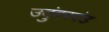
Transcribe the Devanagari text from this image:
उदुंबरदंड